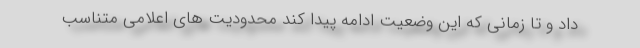
داد و تا زمانی که این وضعیت ادامه پیدا کند محدودیت های اعلامی متناسب